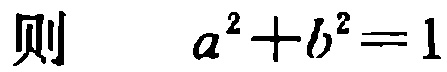
则\(a^{2}+b^{2}=1\)